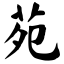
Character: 苑